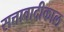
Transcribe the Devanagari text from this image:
सत्तावादीकाल